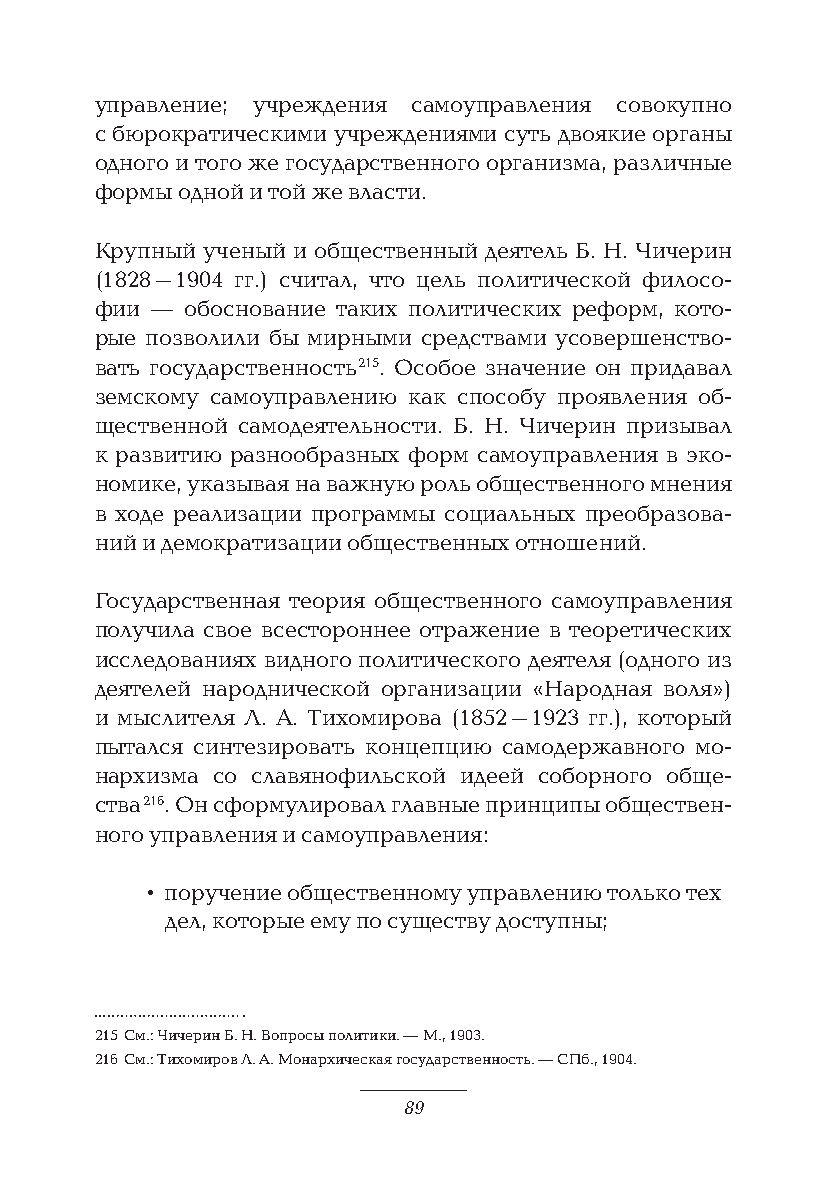
управление; учреждения самоуправления совокупно
 с бюрократическими учреждениями суть двоякие органы
 одного и того же государственного организма, различные
 формы одной и той же власти.
 Крупный ученый и общественный деятель Б. Н. Чичерин
 (1828–1904 гг.) считал, что цель политической филосо-
 фии — обоснование таких политических реформ, кото-
 рые позволили бы мирными средствами усовершенство-
 вать государственность 215. Особое значение он придавал
 земскому самоуправлению как способу проявления об-
 щественной самодеятельности. Б. Н. Чичерин призывал
 к развитию разнообразных форм самоуправления в эко-
 номике, указывая на важную роль общественного мнения
 в ходе реализации программы социальных преобразова-
 ний и демократизации общественных отношений.
 Государственная теория общественного самоуправления
 получила свое всестороннее отражение в теоретических
 исследованиях видного политического деятеля (одного из
 деятелей народнической организации «Народная воля»)
 и мыслителя Л. А. Тихомирова (1852–1923 гг.), который
 пытался синтезировать концепцию самодержавного мо-
 нархизма со славянофильской идеей соборного обще-
 ства 216. Он сформулировал главные принципы обществен-
 ного управления и самоуправления:
 • поручение общественному управлению только тех
 дел, которые ему по существу доступны;
 215 См.: Чичерин Б. Н. Вопросы политики. — М., 1903.
 216 См.: Тихомиров Л. А. Монархическая государственность. — СПб., 1904.
 89